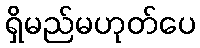
ရှိမည်မဟုတ်ပေ